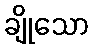
ချိုသော